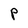
Character: P